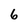
Character: 6